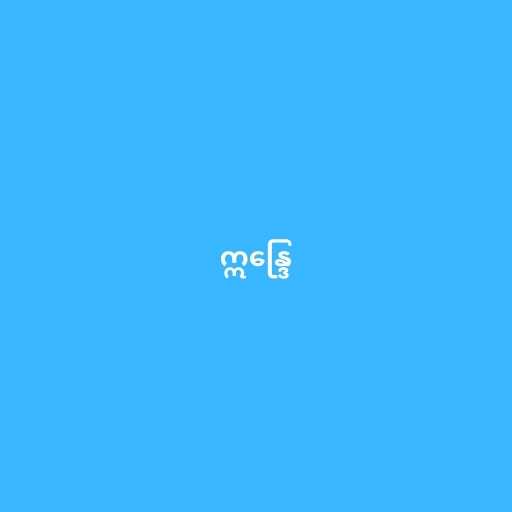
ဣန္ဒြေ